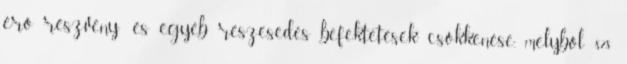
érő részvény- és egyéb részesedés befektetések csökkenése, melyből 878